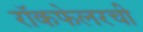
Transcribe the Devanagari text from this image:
रॉकफेलरची